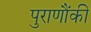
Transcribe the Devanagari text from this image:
पुराणौंकी